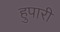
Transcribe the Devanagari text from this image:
हुपारी